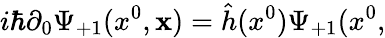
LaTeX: i\hbar\partial_{0}\Psi_{+1}(x^{0},{\mathbf x})=\hat{h}(x^{0})\Psi_{+1}(x^{0},